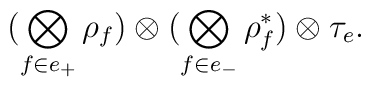
\bigl(\bigotimes_{f\in e_+}\rho_f\bigr)\otimes  \bigl(\bigotimes_{f\in e_-}\rho_f^\ast\bigr)\otimes\tau_e.